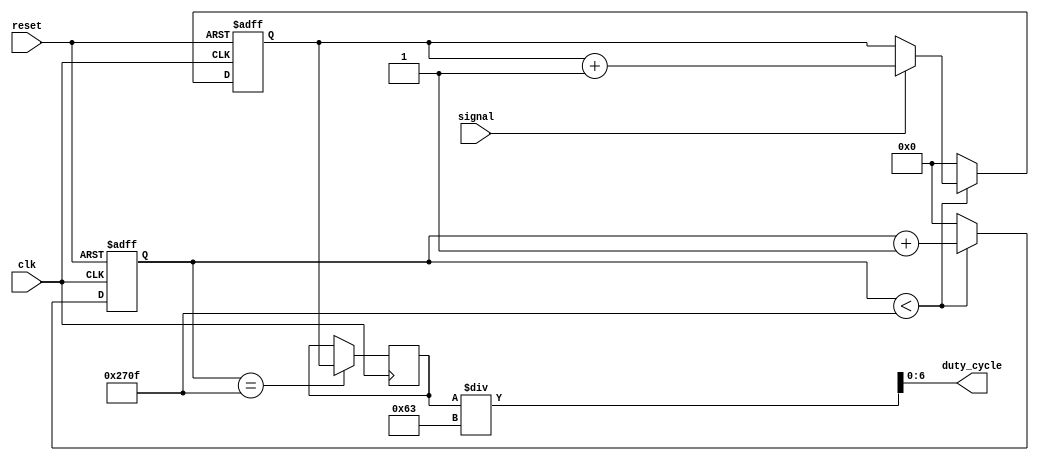
`timescale 1ns / 1ps
module PWMDeserializer #(
    parameter
    WAVE_FREQ  = 10,
    PULSE_FREQ = 1000,
    SYS_FREQ   = 100000) (
    input clk,
    input reset,
    input signal,
    output[6:0] duty_cycle);
    
    localparam WAVE_WINDOW        = SYS_FREQ/WAVE_FREQ;
    localparam SMALL_WAVE_WINDOW  = WAVE_WINDOW/100;
    localparam WAVE_HALF          = WAVE_WINDOW >> 1;
    localparam WAVE_COUNTER_BITS  = $clog2(WAVE_WINDOW) + 1;
    
    reg[WAVE_COUNTER_BITS-1:0] pulseCounter = 0;
    reg[WAVE_COUNTER_BITS-1:0] pulseWidth = 0;
    always @(posedge clk or posedge reset) begin
        if(reset) begin
            pulseCounter <= 0;
            pulseWidth   <= 0;
        end else begin
            if(pulseCounter < WAVE_WINDOW-1) begin
                pulseCounter <= pulseCounter + 1;
                pulseWidth   <= signal ? pulseWidth + 1 : pulseWidth;
            end else begin
                pulseCounter <= 0;
                pulseWidth   <= 0;
            end
        end
    end
    
    reg[WAVE_COUNTER_BITS-1:0] propWidth = 0;
    always @(negedge clk) begin
        if(pulseCounter == WAVE_WINDOW-1)
            propWidth <= pulseWidth;
    end
    
    assign duty_cycle = propWidth/99;
    
endmodule